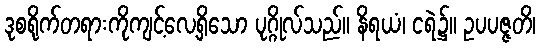
ဒုစရိုက်တရားကိုကျင့်လေ့ရှိသော ပုဂ္ဂိုလ်သည်။ နိရယံ၊ ငရဲ၌။ ဥပပဇ္ဇတိ၊